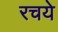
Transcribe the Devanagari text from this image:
रचये